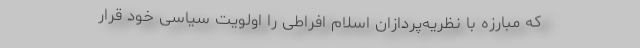
که مبارزه با نظریه‌پردازان اسلام افراطی را اولویت سیاسی خود قرار